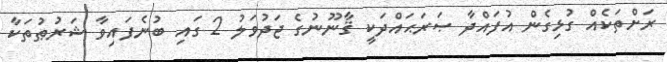
ރަށްތަކެއް ގުޅިގެން އުފައްދާ ޞަރަޙައްދަކީ ޤާނޫނުގެ ޖަދުވަލު 2 ގައި ބުނެފައިވާ ޝަރުޠުތަކާ